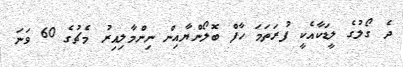
ދެ ގޯލުގެ ލީޑަކާއެކީ ފުރަތަމަ ހާފް ބޮލޯންޔާއިން ނިންމާލިއިރު މެޗުގެ 60 ވަނަ